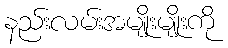
နည်းလမ်းအမျိုးမျိုးကို